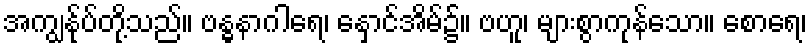
အကျွန်ုပ်တို့သည်။ ဗန္ဓနာဂါရေ၊ နှောင်အိမ်၌။ ဗဟူ၊ များစွာကုန်သော။ စောရေ၊